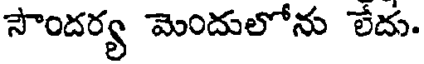
సౌందర్య మెందులోను లేదు.